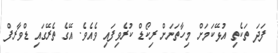
ފަދަ ތަކެތި އުޅޭކަމަށް މިހާތަނަށް ރިކޯޑް ކުރެވިފައި ވެއެވެ. އޭގެ ތެރޭގައި ޑްވާރފް